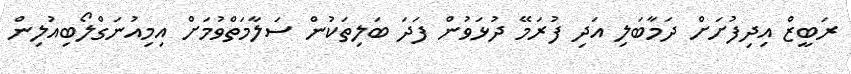
ރަބީޒް އިދިފުށަށް ދަމާބަލި އަދި ފުރަމޭ ދުޅަވުން ފަދަ ބަލިތަކުން ސަލާމަތްވުމަށް އިމިއުނަގްލޯބިއުލިން